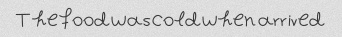
The food was cold when arrived